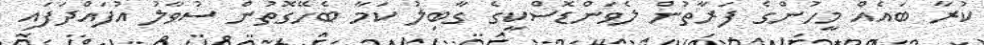
ކުރާ ބައެއް މީހުންގެ ފަރާތުން ލެވަންޑޮސްކީގެ ގާބިލު ކަމާ ބެހޭގޮތުން ސުވާލު އުފައްދަފައި